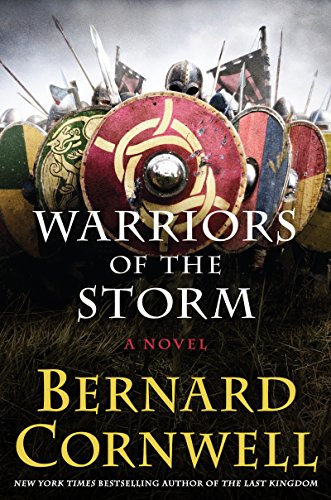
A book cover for Warriors of the Storm: A Novel (Saxon Tales); Bernard Cornwell; Literature & Fiction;